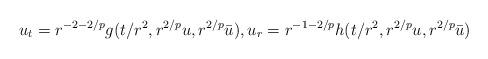
LaTeX: \begin{align*}u_t=r^{-2-2/p}g(t/r^2,r^{2/p}u,r^{2/p}\bar u),u_r=r^{-1-2/p}h(t/r^2,r^{2/p}u,r^{2/p}\bar u)\end{align*}